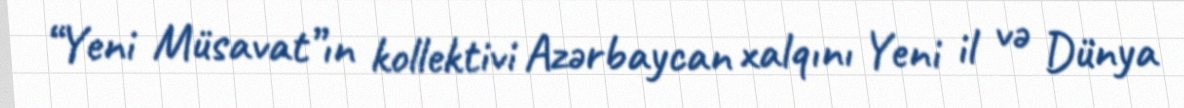
“Yeni Müsavat”ın kollektivi Azərbaycan xalqını Yeni il və Dünya